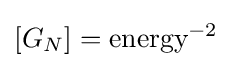
[G_{N}]={\text{energy}}^{-2}